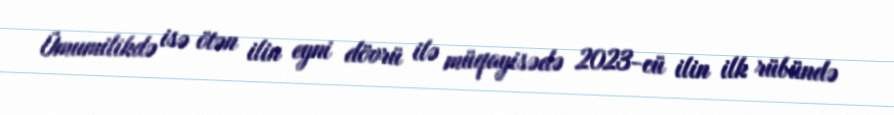
Ümumilikdə isə ötən ilin eyni dövrü ilə müqayisədə 2023-cü ilin ilk rübündə